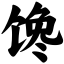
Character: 馋